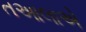
તઆલાએ